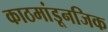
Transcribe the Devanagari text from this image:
काठमांडूनजिक